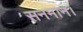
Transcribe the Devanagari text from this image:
सनमान।